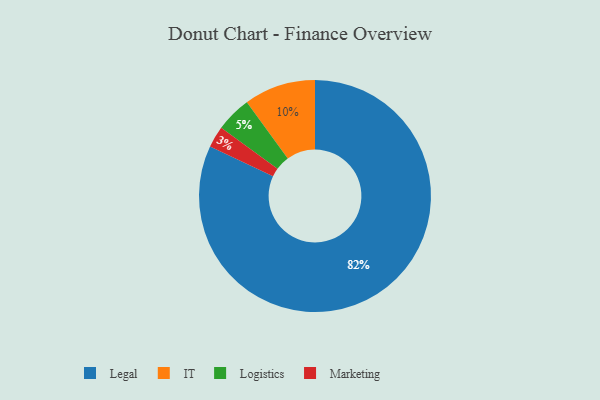
{"axis": {"x": "Category", "y": "Percentage"}, "legend": ["IT", "Legal", "Logistics", "Marketing"], "data": [{"x": "Logistics", "y": 5, "type": "Logistics"}, {"x": "Marketing", "y": 3, "type": "Marketing"}, {"x": "Legal", "y": 82, "type": "Legal"}, {"x": "IT", "y": 10, "type": "IT"}]}